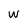
Character: w